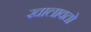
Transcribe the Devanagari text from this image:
खालावतो